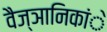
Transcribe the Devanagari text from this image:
वैज्ञानिकांे